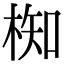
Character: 椥